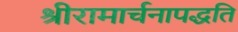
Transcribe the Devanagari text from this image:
श्रीरामार्चनापद्धति